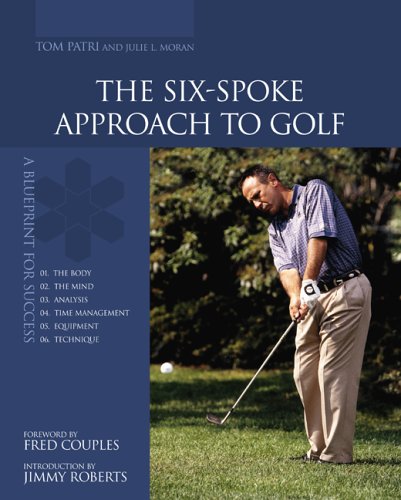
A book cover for The Six-Spoke Approach to Golf; Tom Patri; Sports & Outdoors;